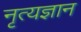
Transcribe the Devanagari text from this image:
नृत्यज्ञान